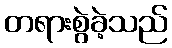
တရားစွဲခဲ့သည်